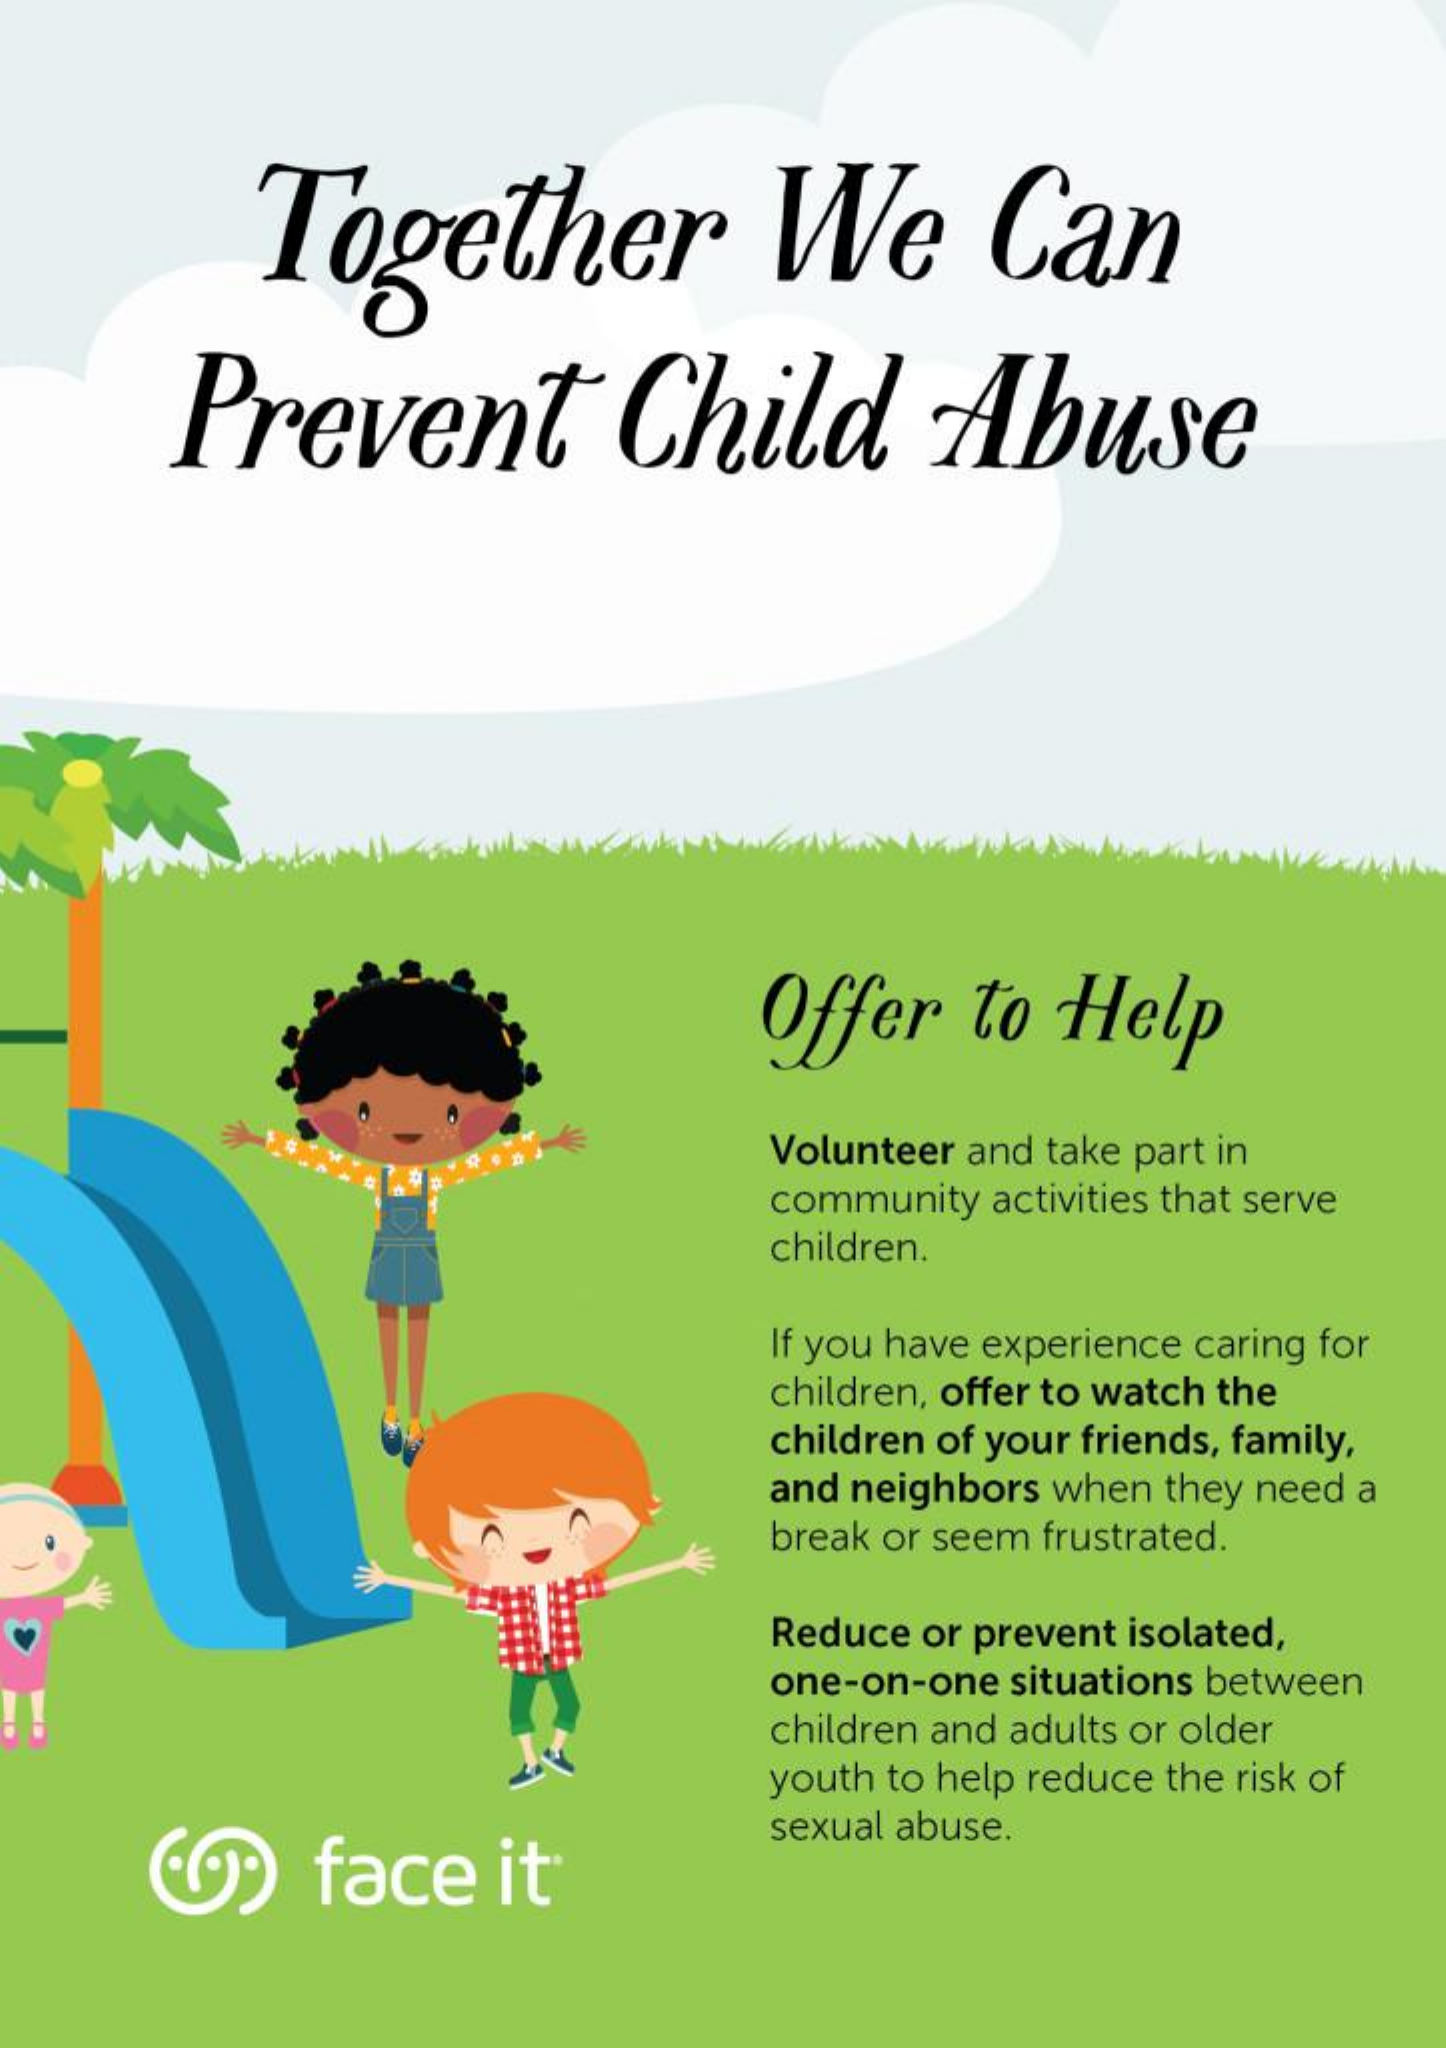
Together    We    Can
     Prevent    Child    Abuse
     Offer    to   Help
     Volunteer and take part in
     community  activities that serve
     children.
     If you have experience caring for
     children, offer to watch the
     children of your friends, family,
     and neighbors when  they need a
     break or seem frustrated.
     Reduce  or prevent isolated,
     one-on-one  situations between
     children and adults or older
     youth to help reduce the risk of
     face    it
     sexual abuse.